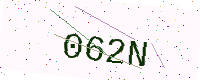
Text: 062N